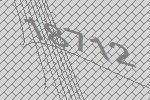
18712